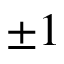
\pm 1